Report on vaccination in the Province of Bengal - 1869-1873
Year: 1869
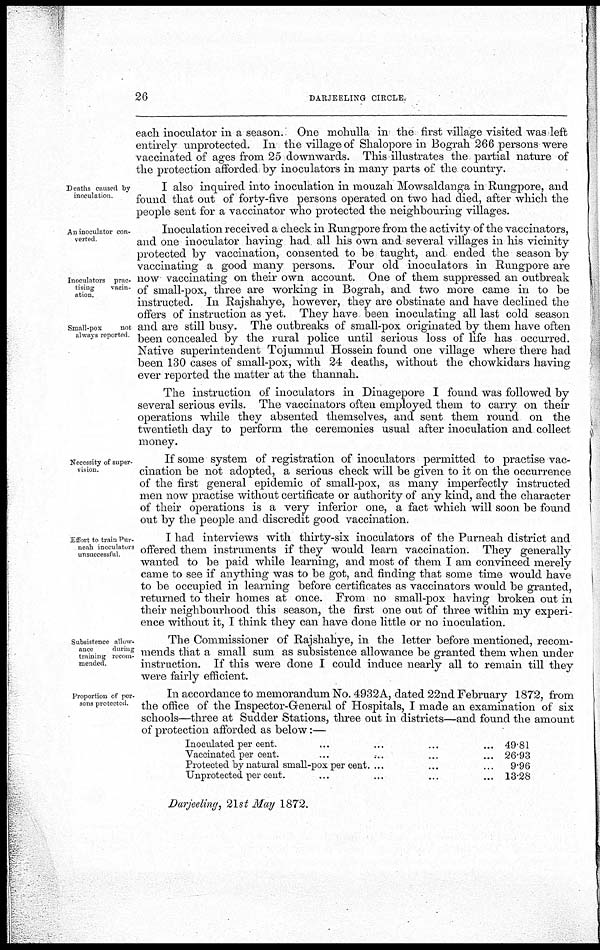
26
DARJEELING CIRCLE.
each inoculator in a season. One mohulla in the first village visited was left
entirely unprotected. In the village of Shalopore in Bograh 266 persons were
vaccinated of ages from 25 downwards. This illustrates the partial nature of
the protection afforded by inoculators in many parts of the country.
Deaths caused by
inoculation
I also inquired into inoculation in mouzah Mowsaldanga in Rungpore, and
found that out of forty-five persons operated on two had died, after which the
people sent for a vaccinator who protected the neighbouring villages.
An inoculator con-
verted
Inoculators prac-
tising
vacin-
ation.
Small-pox
not
always reported
Inoculation received a check in Rungpore from the activity of the vaccinators,
and one inoculator having had all his own and several villages in his vicinity
protected by vaccination, consented to be taught, and. ended the season by
vaccinating a good many persons. Four old inoculators in Rungpore are
now vaccinating on their own account. One of them suppressed an outbreak
of small-pox, three are working in Bograh, and two more came in to be
instructed. In Rajshahye, however, they are obstinate and have declined the
offers of instruction as yet. They have been inoculating all last cold season
and are still busy. The outbreaks of small-pox originated by them have often
been concealed by the rural police until serious loss of life has occurred.
Native superintendent Tojummul Hossein found one village where there had
been 130 cases of small-pox, with 24 deaths, without the chowkidars having
ever reported the matter at the thannah.
The instruction of inoculators in Dinagepore I found was followed by
several serious evils. The vaccinators often employed them to carry on their
operations while they absented themselves, and sent them round on the
twentieth day to perform the ceremonies usual after inoculation and collect
money.
Necessity of super-
vision.
If some system of registration of inoculators permitted to practise vac-
cination be not adopted, a serious check will be given to it on the occurrence
of the first general epidemic of small-pox, as many imperfectly instructed
men now practise without certificate or authority of any kind, and the character
of their operations is a very inferior one, a fact which will soon be found
out by the people and discredit good vaccination.
Effort to train Pur-
neah inoculators
unsuccessful
I had interviews with thirty-six inoculators of the Purneah district and
offered them instruments if they would learn vaccination. They generally
wanted to be paid while learning, and most of them I am convinced merely
came to see if anything was to be got, and finding that some time would have
to be occupied in learning before certificates as vaccinators would be granted,
returned to their homes at once. From no small-pox having broken out in
their neighbourhood this season, the first one out of three within my experi-
ence without it, I think they can have done little or no inoculation.
Subsistence allow-
ance
during
training recom-
mended
The Commissioner of Rajshahye, in the letter before mentioned, recom-
mends that a small sum as subsistence allowance be granted them when under
instruction. If this were done I could induce nearly all to remain till they
were fairly efficient.
Proportion of per-
sons protected.
In accordance to memorandum No. 4932A, dated 22nd February 1872, from
the office of the Inspector-General of Hospitals, I made an examination of six
schools—three at Sudder Stations, three out in districts—and found the amount
of protection afforded as below:—
Inoculated per cent. ... ... ... ...
Vaccinated per cent. ... ... ... ...
Protected by natural small-pox per cent. ... ... ...
Unprotected per cent. ... ... ... ...
49.81
26.93
9.96
13.28
Darjeeling, 21st May 1872.